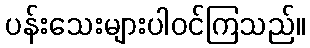
ပန်းသေးများပါဝင်ကြသည်။